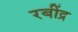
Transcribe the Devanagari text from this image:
रबींद्र